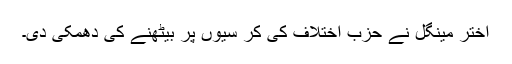
اختر مینگل نے حزب اختلاف کی کر سیوں پر بیٹھنے کی دھمکی دی۔